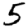
Digit: 5